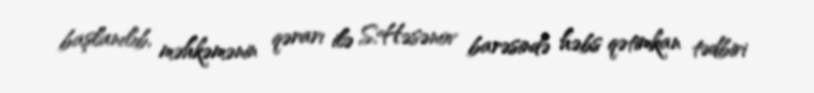
başlanılıb, məhkəmənin qərarı ilə S.Həsənov barəsində həbs qətimkan tədbiri